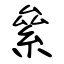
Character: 絫